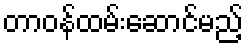
တာဝန်ထမ်းဆောင်မည့်